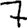
Digit: 7